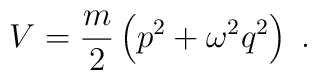
V={m\over 2} \left( p^2 + \omega^2 q^2\right)\;.